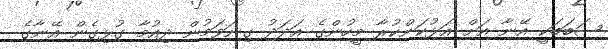
ސަބަބަކީ އޭނާ އަށް އަޅުކަންކުރާ މީހުންގެ އަދަދު ގިނަވަމުން ދިއުމާ ގުޅިގެން އޭނާގެ